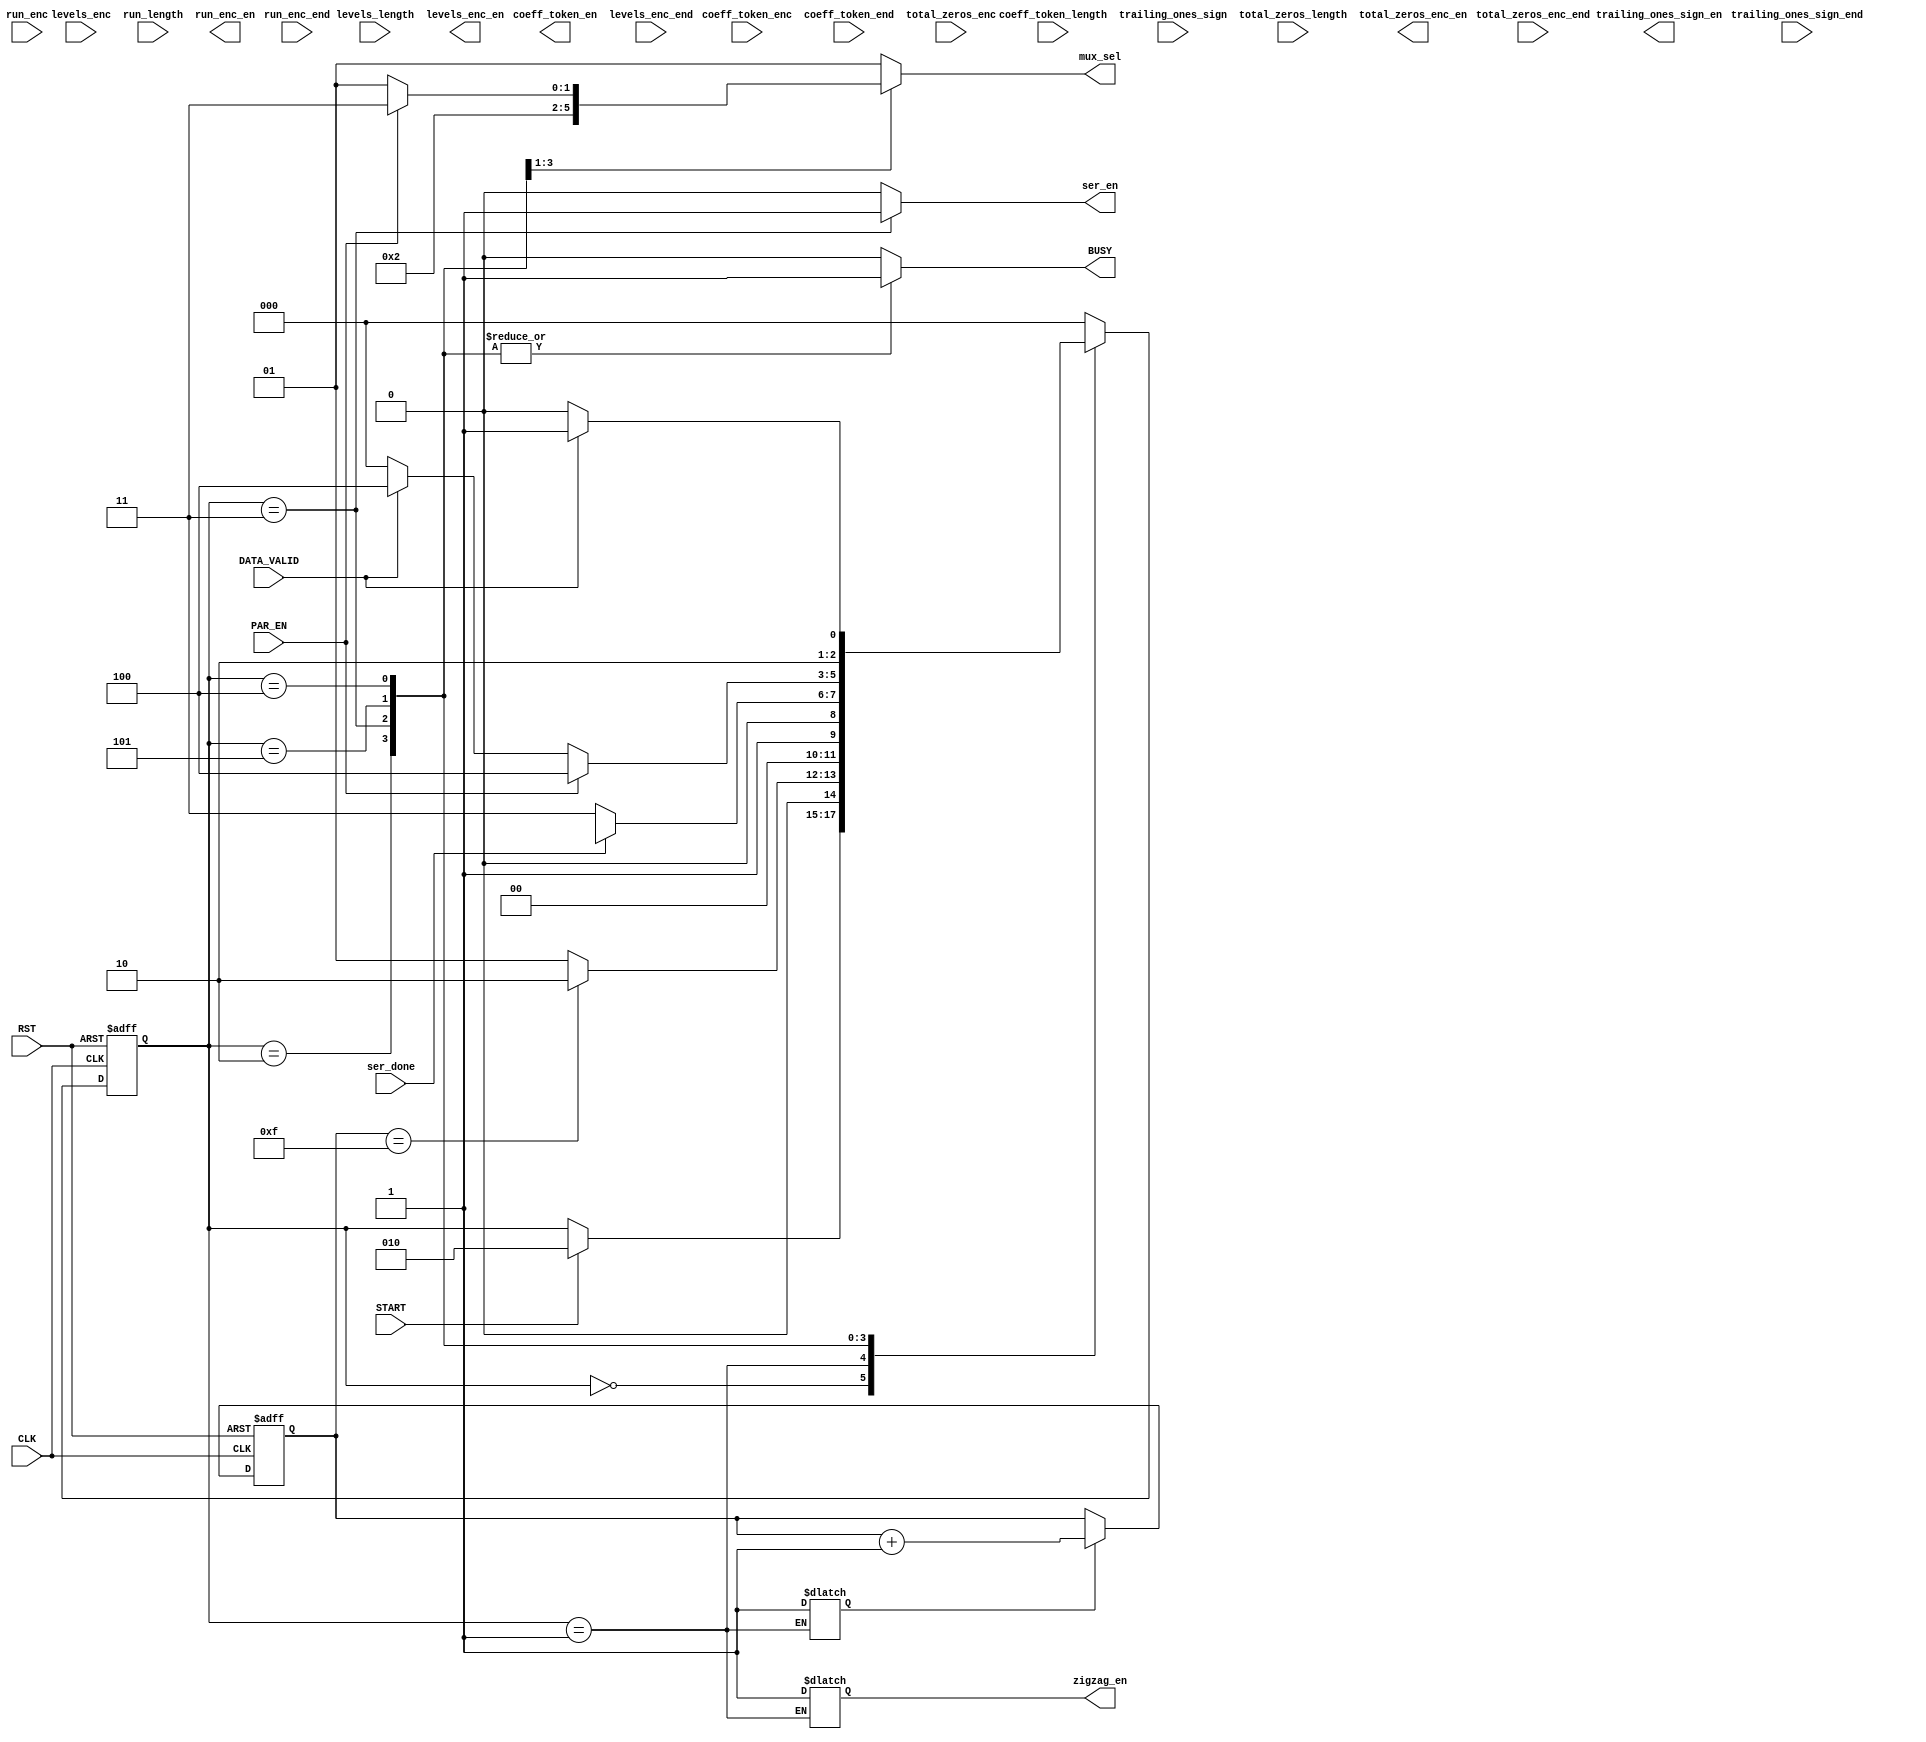
module System_Control #(    parameter DATA_WIDTH = 8
) (    
input   wire            CLK,
input   wire            RST,
input   wire            START,

// Zigzag Scanning
output  reg            zigzag_en,


// Coeff Token
input   wire            coeff_token_enc,
input   wire            coeff_token_length,
input   wire            coeff_token_end,

output                  coeff_token_en,

// Traling Ones
//input   wire            trailing_ones_num,
input   wire            trailing_ones_sign,
input   wire            trailing_ones_sign_end,

output                  trailing_ones_sign_en,
// Levles
input   wire            levels_enc,
input   wire            levels_length,
input   wire            levels_enc_end,

output                  levels_enc_en,
// Total Zeros
//input   wire            NZQ_num,
input   wire            total_zeros_enc,
input   wire            total_zeros_length,
input   wire            total_zeros_enc_end,

output                  total_zeros_enc_en,

// Run of Zeros
//input   wire            total_zeros_num,
input   wire            run_enc,
input   wire            run_length,

input   wire            run_enc_end,

output                  run_enc_en,


input   wire            ser_done,
input   wire            DATA_VALID,
input   wire            PAR_EN,
output   reg    [1:0]   mux_sel,
output   reg            ser_en,
output   reg            BUSY
);

// state parameters 
localparam  
            IDLE =               3'b000 ,
            ZIGZAG_SCANNING =    3'b001 ,
            COEFF_TOKEN =        3'b010 ,  
            TRAILING_ONE_SIGN =  3'b011 ,  
            LEVELS =             3'b100 ,  
            TOTAL_ZEROS =        3'b101  ,  
            RUN_OF_ZEROS =       3'b110 ;
    
// internal signal
reg     [2:0]            state_reg , state_next ;
reg     [3:0]            counter;
reg           counter_en;
// state_reg
always @ (posedge CLK or negedge RST)
begin
    if (!RST)
        state_reg <= IDLE;
    else
        begin
        state_reg <= state_next;

        end

end

// next_state_logic and output logic
always @ (*) 
begin

// but here initial values for all the outputs
    state_next = state_reg;
    mux_sel    = 2'b01;
    ser_en     = 1'b0;
    BUSY       = 1'b0;
   // counter    = 'b0; this is't output to be here 
    case (state_reg)
        IDLE : begin
                    if( START )
                        state_next = COEFF_TOKEN;
               end
        ZIGZAG_SCANNING : begin
                    counter_en = 1'b1;
                    zigzag_en = 1'b1;
                    if(counter == 'd15)
                        state_next = COEFF_TOKEN;
                    else
                        state_next = ZIGZAG_SCANNING;
               end
               
        COEFF_TOKEN : begin
                    state_next = DATA;
                    mux_sel    = 2'b00;
                    BUSY       = 1'b1;
               end
        TRAILING_ONE_SIGN : begin
                    // here we need to use ser_done
                    mux_sel    = 2'b10;
                    ser_en     = 1'b1;
                    BUSY       = 1'b1; 
                    if (ser_done)
                        state_next = PARITY;
                    else
                        state_next = TRAILING_ONE_SIGN;
                    /*if (counter == DATA_WIDTH -1)
                        state_next = PARITY;
                    else
                        state_next = DATA;*/
           
               end
        TOTAL_ZEROS : begin
                    BUSY       = 1'b1; 
                    if (PAR_EN)
                        begin
                            mux_sel    = 2'b11;
                            state_next = LEVELS;
                        end
                    else 
                        // mux_sel    = 2'b01; WRONG HERE    BIG MISTAKE Because the simulator ignored the if statement even it's right not wrong
                        begin
                            mux_sel    = 2'b01;
                            if (DATA_VALID)
                                state_next = LEVELS;
                            else 
                                state_next = IDLE;
                        end
               end
        LEVELS : begin
                    BUSY       = 1'b1; 
                    mux_sel    = 2'b01;
                    if (DATA_VALID)
                        state_next = TOTAL_ZEROS;
                    else 
                        state_next = LEVELS;
               end               
        default: begin
                    state_next = IDLE;
                    mux_sel    = 2'b01;
                    ser_en     = 1'b0;
                    BUSY       = 1'b0;
                
               end
    endcase

end



// counter 
always @ (posedge CLK or negedge RST)
    begin 
      if (!RST)
        counter <= 'b0;
      else if (counter_en)        
        begin       
        counter <= counter +1;
        end
    end


endmodule